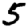
Digit: 5